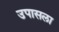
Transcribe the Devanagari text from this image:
उपासला